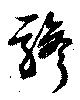
驂